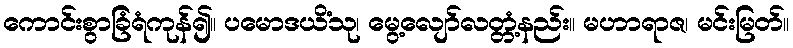
ကောင်းစွာခြံရံကုန်၍။ ပမောဒယိံသု၊ မွေ့လျော်လတ္တံ့နည်း။ မဟာရာဇ၊ မင်းမြတ်။